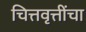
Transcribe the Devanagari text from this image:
चित्तवृत्तींचा